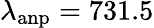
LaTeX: \lambda_{\mathrm{anp}}=731.5